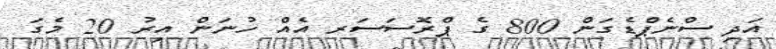
އަދި ސްނެޕްޑެގަން 800 ގެ ޕްރޮސަސަރ އެއް ހުނަން އިރު 20 މެގަ